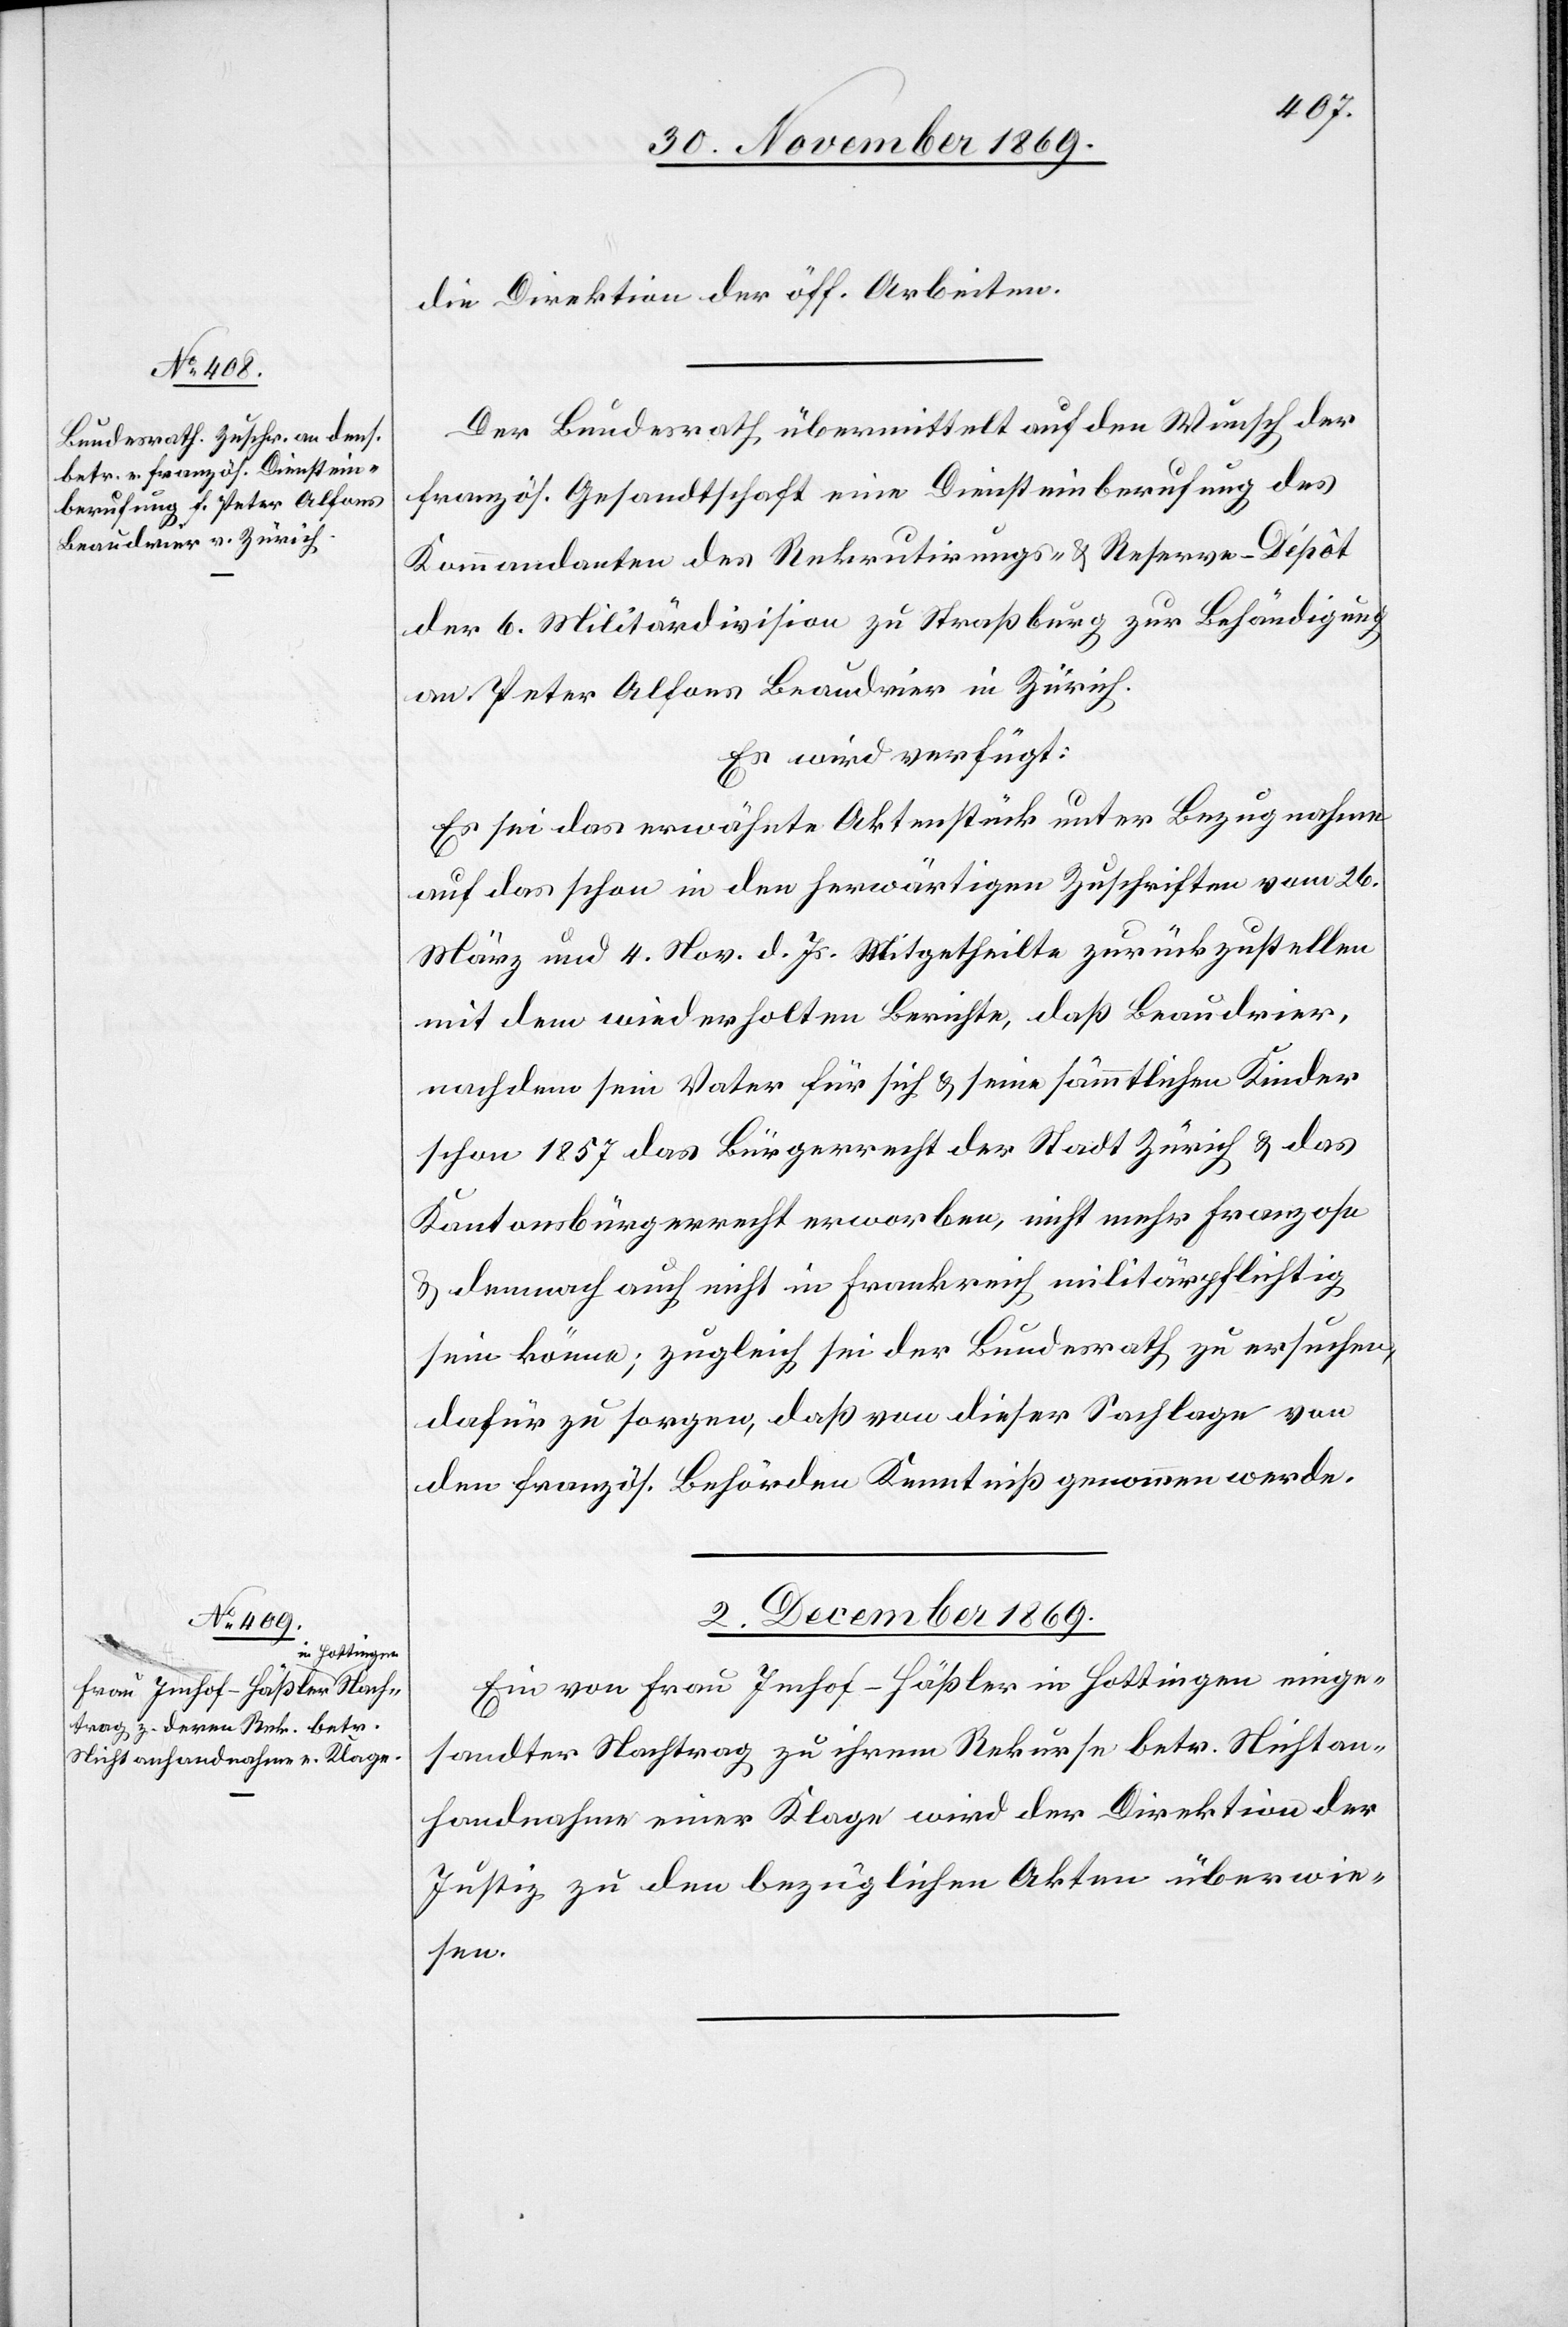
die Direktion der öff. Arbeiten.
Der Bundesrath übermittelt auf den Wunsch der
französ. Gesandtschaft eine Diensteinberufung des
Kommandanten des Rekrutirungs- & Reserve-Dépôt
der 6. Militärdivision zu Straßburg zur Behändigung
an Peter Alfons Beaudrier in Zürich.
Es wird verfügt:
Es sei das erwähnte Aktenstück unter Bezugnahme
auf das schon in den herwärtigen Zuschriften vom 26.
März und 4. Nov. d. Js. Mitgetheilte zurückzustellen
mit dem wiederholten Berichte, daß Beaudrier,
nachdem sein Vater für sich & seine sämmtlichen Kinder
schon 1857 das Bürgerrecht der Stadt Zürich & das
Kantonsbürgerrecht erworben, nicht mehr Franzose
& demnach auch nicht in Frankreich militärpflichtig
sein könne; zugleich sei der Bundesrath zu ersuchen,
dafür zu sorgen, daß von dieser Sachlage von
den französ. Behörden Kenntniß genommen werde.
2. December 1869.
Ein von Frau Imhof-Häßler in Hottingen einge¬
sandter Nachtrag zu ihrem Rekurse betr. Nichtan¬
handnahme einer Klage wird der Direktion der
Justiz zu den bezüglichen Akten überwie¬
sen.